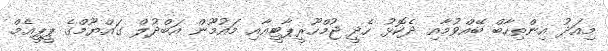
މިއަދު އިންތިހާބް ބޭއްވުމާއި ދެކޮޅު ހެދީ ޖުމްހޫރީޕާޓީއާއި މައުމޫން އަބްދުލް ގައްޔޫމްގެ ޕީޕީއެމް